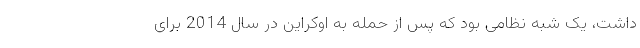
داشت، یک شبه نظامی بود که پس از حمله به اوکراین در سال 2014 برای